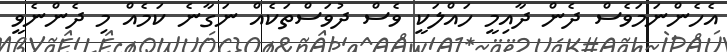
އެހެންނަމަވެސް ދެން ދާއިމީ ހައްލަކީ ވެސް ދުވަސްތަކެއް ނަގާނެ ކަމެއް މި ދެންނެވީ